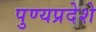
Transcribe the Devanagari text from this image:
पुण्यप्रदेशे